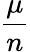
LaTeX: \frac{\mu}{n}